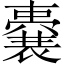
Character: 嚢